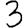
Digit: 3